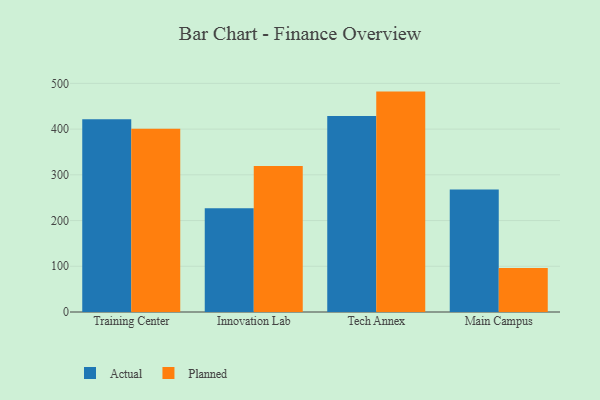
{"axis": {"x": "Campus", "y": "LTV (USD)"}, "legend": ["Actual", "Planned"], "data": [{"x": "Training Center", "y": 421.8, "type": "Actual"}, {"x": "Training Center", "y": 400.7, "type": "Planned"}, {"x": "Innovation Lab", "y": 227.0, "type": "Actual"}, {"x": "Innovation Lab", "y": 319.1, "type": "Planned"}, {"x": "Tech Annex", "y": 428.8, "type": "Actual"}, {"x": "Tech Annex", "y": 482.0, "type": "Planned"}, {"x": "Main Campus", "y": 268.0, "type": "Actual"}, {"x": "Main Campus", "y": 96.1, "type": "Planned"}]}